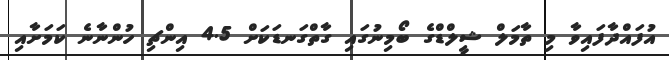
އުފައްދާފައިވާ މި ތާމަލް ޝީލްޑްގެ ބޯމިނުގައި ގާތްގަނޑަކަށް 4.5 އިންޗި ހުންނާނެ ކަމަށާއި